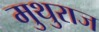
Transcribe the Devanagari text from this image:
मुथुराज